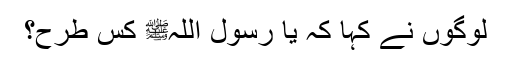
لوگوں نے کہا کہ یا رسول اللہﷺ کس طرح؟